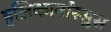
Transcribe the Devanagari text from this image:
हलिकार्नास्सुस